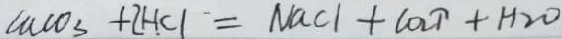
C a C O _ { 3 } + 2 H C l = N a C l + C O _ { 2 } \uparrow + H _ { 2 } O